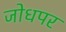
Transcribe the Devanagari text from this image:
जोधपर